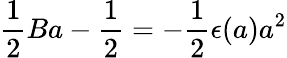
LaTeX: {\frac{1}{2}}Ba-{\frac{1}{2}}=-{\frac{1}{2}}\epsilon(a)a^{2}